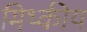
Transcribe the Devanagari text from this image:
मिथ्कीय